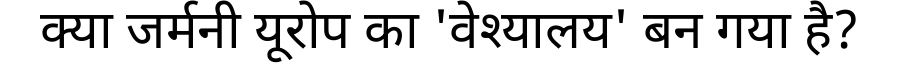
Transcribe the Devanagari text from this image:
क्या जर्मनी यूरोप का 'वेश्यालय' बन गया है?